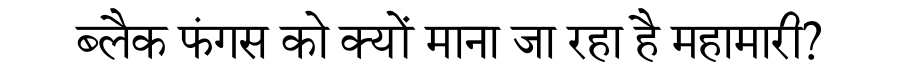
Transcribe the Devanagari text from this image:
ब्लैक फंगस को क्यों माना जा रहा है महामारी?